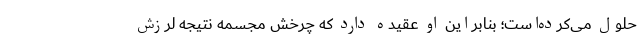
حلول می‌کرده‌است؛ بنابراین او عقیده دارد که چرخش مجسمه نتیجه لرزش